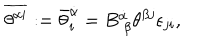
\overline { { { \theta ^ { \alpha i } } } } : = { \bar { \theta } } _ { i } ^ { \dot { \alpha } } = B _ { ~ \beta } ^ { \dot { \alpha } } \theta ^ { \beta j } \epsilon _ { j i } ,